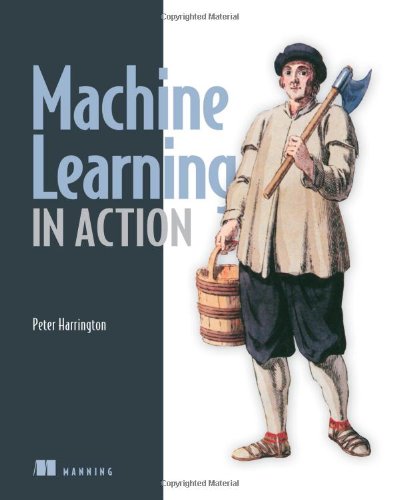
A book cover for Machine Learning in Action; Peter Harrington; Computers & Technology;